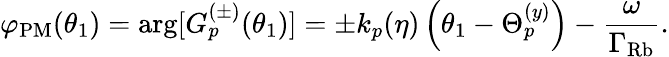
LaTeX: \varphi_{\mathrm{PM}}(\theta_{1})=\arg[G_{p}^{(\pm)}(\theta_{1})]=\pm k_{p}(\eta)\left(\theta_{1}-\Theta_{p}^{(y)}\right)-\frac{\omega}{\Gamma_{\mathrm{Rb}}}.